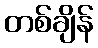
တစ်ချိန်